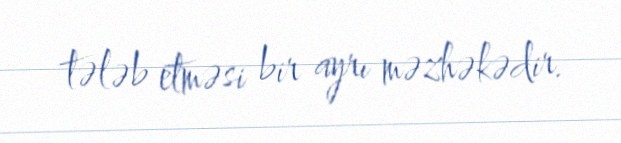
tələb etməsi bir ayrı məzhəkədir.